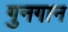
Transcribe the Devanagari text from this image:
गुनगान